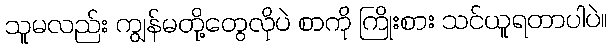
သူမလည်း ကျွန်မတို့တွေလိုပဲ စာကို ကြိုးစား သင်ယူရတာပါပဲ။